Lunatic asylums Burma 1907-21 - 1907-1921
Year: 1907
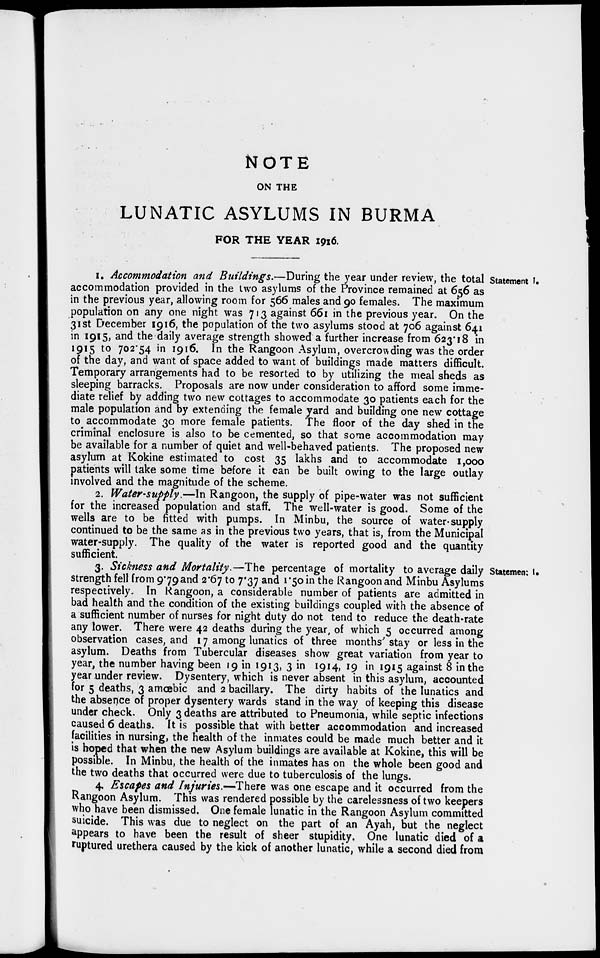
NOTE
ON THE
LUNATIC ASYLUMS IN BURMA
FOR THE YEAR 1916.
Statement I.
1. Accommodation and Buildings.—During the year under review, the total
accommodation provided in the two asylums of the Province remained at 656 as
in the previous year, allowing room for 566 males and 90 females. The maximum
population on any one night was 713 against 661 in the previous year. On the
31st December 1916, the population of the two asylums stood at 706 against 641
in 1915, and the daily average strength showed a further increase from 623.18 in
1915 to 702.4 in 1916. In the Rangoon Asylum, overcrowding was the order
of the day, and want of space added to want of buildings made matters difficult.
Temporary arrangements had to be resorted to by utilizing the meal sheds as
sleeping barracks. Proposals are now under consideration to afford some imme-
diate relief by adding two new cottages to accommodate 30 patients each for the
male population and by extending the female yard and building one new cottage
to accommodate 30 more female patients. The floor of the day shed in the
criminal enclosure is also to be cemented, so that some accommodation may
be available for a number of quiet and well-behaved patients. The proposed new
asylum at Kokine estimated to cost 35 lakhs and to accommodate 1,000
patients will take some time before it can be built owing to the large outlay
involved and the magnitude of the scheme.
2. Water-supply.—In Rangoon, the supply of pipe-water was not sufficient
for the increased population and staff. The well-water is good. Some of the
wells are to be fitted with pumps. In Minbu, the source of water-supply
continued to be the same as in the previous two years, that is, from the Municipal
water-supply. The quality of the water is reported good and the quantity
sufficient.
Statement I.
3. Sickness and Mortality.—The percentage of mortality to average daily
strength fell from 9.79 and 2.67 to 7.37 and 1.50 in the Rangoon and Minbu Asylums
respectively. In Rangoon, a considerable number of patients are admitted in
bad health and the condition of the existing buildings coupled with the absence of
a sufficient number of nurses for night duty do not tend to reduce the death-rate
any lower. There were 42 deaths during the year, of which 5 occurred among
observation cases, and 17 among lunatics of three months' stay or less in the
asylum. Deaths from Tubercular diseases show great variation from year to
year, the number having been 19 in 1913, 3 in 1914, 19 in 1915 against 8 in the
year under review. Dysentery, which is never absent in this asylum, accounted
for 5 deaths, 3 amœbic and 2 bacillary. The dirty habits of the lunatics and
the absence of proper dysentery wards stand in the way of keeping this disease
under check. Only 3 deaths are attributed to Pneumonia, while septic infections
caused 6 deaths. It is possible that with better accommodation and increased
facilities in nursing, the health of the inmates could be made much better and it
is hoped that when the new Asylum buildings are available at Kokine, this will be
possible. In Minbu, the health of the inmates has on the whole been good and
the two deaths that occurred were due to tuberculosis of the lungs.
4. Escapes and Injuries,—There was one escape and it occurred from the
Rangoon Asylum. This was rendered possible by the carelessness of two keepers
who have been dismissed. One female lunatic in the Rangoon Asylum committed
suicide. This was due to neglect on the part of an Ayah, but the neglect
appears to have been the result of sheer stupidity. One lunatic died of a
ruptured urethera caused by the kick of another lunatic, while a second died from